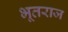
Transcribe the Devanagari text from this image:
भूतराज